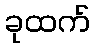
ခုထက်